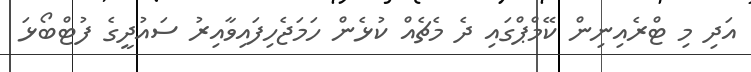
އަދި މި ޓްރެއިނިން ކޭމްޕްގައި ދެ މެޗެއް ކުޅެން ހަމަޖެހިފައިވާއިރު ސައުދީގެ ފުޓްބޯޅަ